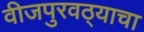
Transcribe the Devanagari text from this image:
वीजपुरवठ्याचा